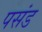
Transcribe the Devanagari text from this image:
पसंड